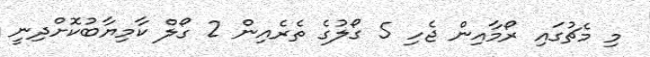
މި މެޗުގައި ރޯމާއިން ޖެހި 5 ގޯލުގެ ތެރެއިން 2 ގޯލް ކާމިޔާބުކޮށްދިނީ